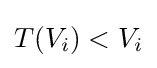
T(V_{i})<V_{i}